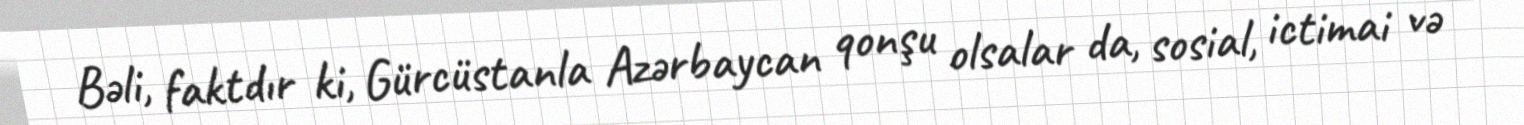
Bəli, faktdır ki, Gürcüstanla Azərbaycan qonşu olsalar da, sosial, ictimai və